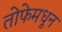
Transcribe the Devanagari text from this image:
तोफेमधून